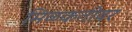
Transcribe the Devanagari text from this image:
मिळकतीवर